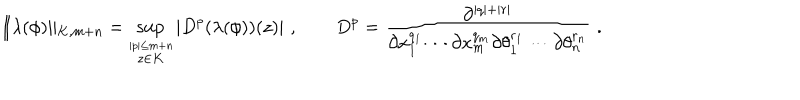
\| \lambda ( \phi ) \| _ { K , m + n } = \sup _ { \stackrel { | p | \leq m + n } { z \in K } } | D ^ { p } ( \lambda ( \phi ) ) ( z ) | \, \, , \qquad D ^ { p } = \frac { \partial ^ { | q | + | r | } } { \partial x _ { 1 } ^ { q _ { 1 } } \cdots \partial x _ { m } ^ { q _ { m } } \partial \theta _ { 1 } ^ { r _ { 1 } } \cdots \partial \theta _ { n } ^ { r _ { n } } } \, \, .